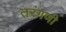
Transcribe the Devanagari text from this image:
तरंगणी